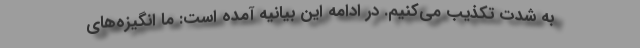
به شدت تکذیب می‌کنیم. در ادامه این بیانیه آمده است: ما انگیزه‌های